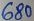
Text: 680